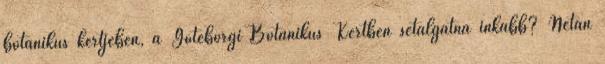
botanikus kertjében, a Göteborgi Botanikus Kertben sétálgatna inkább? Netán